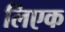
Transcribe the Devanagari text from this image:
लिएक